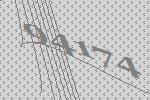
94174